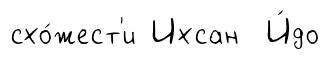
схо́жест'и Ихсан И́до